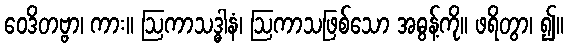
ဝေဒိတဗ္ဗာ၊ ကား။ ဩကာသဒ္ဓါနံ၊ ဩကာသဖြစ်သော အဓွန့်ကို။ ဖရိတွာ၊ ၍။